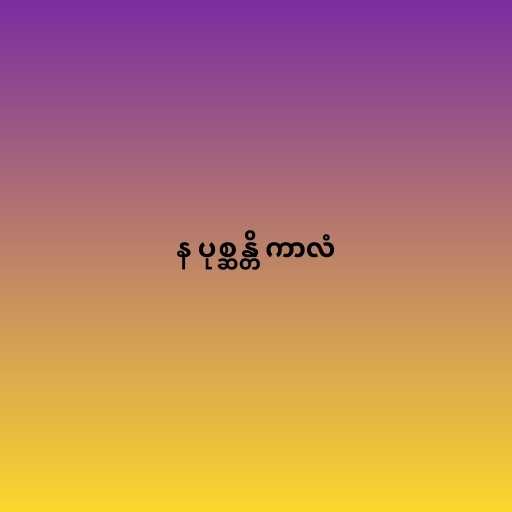
န ပုစ္ဆန္တိ ကာလံ